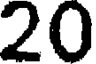
20